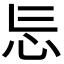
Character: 𭜎